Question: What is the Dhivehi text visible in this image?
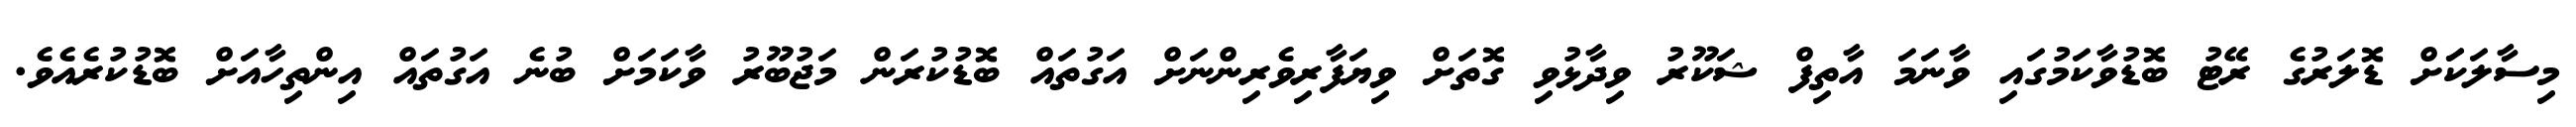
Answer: މިސާލަކަަށް ޑޮލަރުގެ ރޭޓު ބޮޑުވާކަމުގައި ވާނަމަ އާތިފް ޝަކޫރު ވިދާޅުވި ގޮތަށް ވިޔަފާރިވެރިންނަށް އަގުތައް ބޮޑުކުރަން މަޖުބޫރު ވާކަމަށް ބުނެ އަގުތައް އިންތިހާއަށް ބޮޑުކުރެއެވެ.